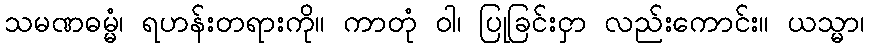
သမဏဓမ္မံ၊ ရဟန်းတရားကို။ ကာတုံ ဝါ၊ ပြုခြင်းငှာ လည်းကောင်း။ ယသ္မာ၊